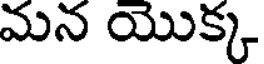
మన యొక్క